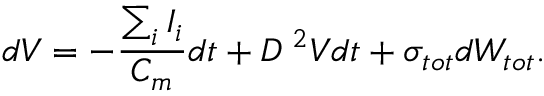
d V = - \frac { \sum _ { i } { I _ { i } } } { C _ { m } } d t + D \mathrm { \nabla } ^ { 2 } V d t + \sigma _ { t o t } d W _ { t o t } .